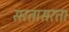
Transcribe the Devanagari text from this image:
सरतासरता